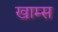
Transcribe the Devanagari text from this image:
खाम्स